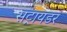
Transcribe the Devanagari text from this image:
सट्रायडर